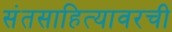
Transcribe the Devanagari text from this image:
संतसाहित्यावरची